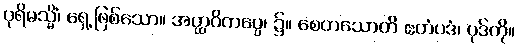
ပုရိမသ္မိံ၊ ရှေ့ဖြစ်သော။ အတ္ထဝိကပ္ပေ၊ ၌။ စေတသောတိ ဧတံပဒံ၊ ပုဒ်ကို။